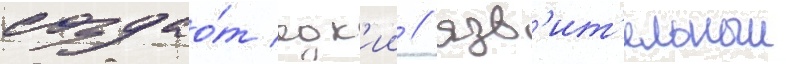
создао́т едк'ии / язв'ит'ельныи